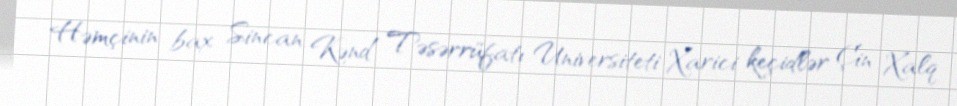
Həmçinin bax Sincan Kənd Təsərrüfatı Universiteti Xarici keçidlər Çin Xalq